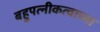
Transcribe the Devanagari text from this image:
बहुपत्नीकत्वाच्या